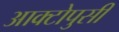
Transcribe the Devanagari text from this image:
आक्टोपुसी